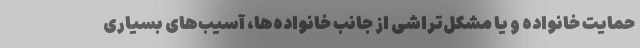
حمایت خانواده و یا مشکل‌تراشی از جانب خانواده‌ها، آسیب‌های بسیاری